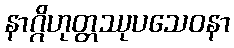
နာဂ္ဂိဟုတ္တဿုပသေဝနာ